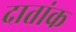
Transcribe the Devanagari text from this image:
दातांक